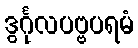
ဒွင်္ဂုလပဗ္ဗပရမံ